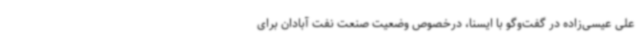
علی عیسی‌زاده در گفت‌وگو با ایسنا، درخصوص وضعیت صنعت نفت آبادان برای